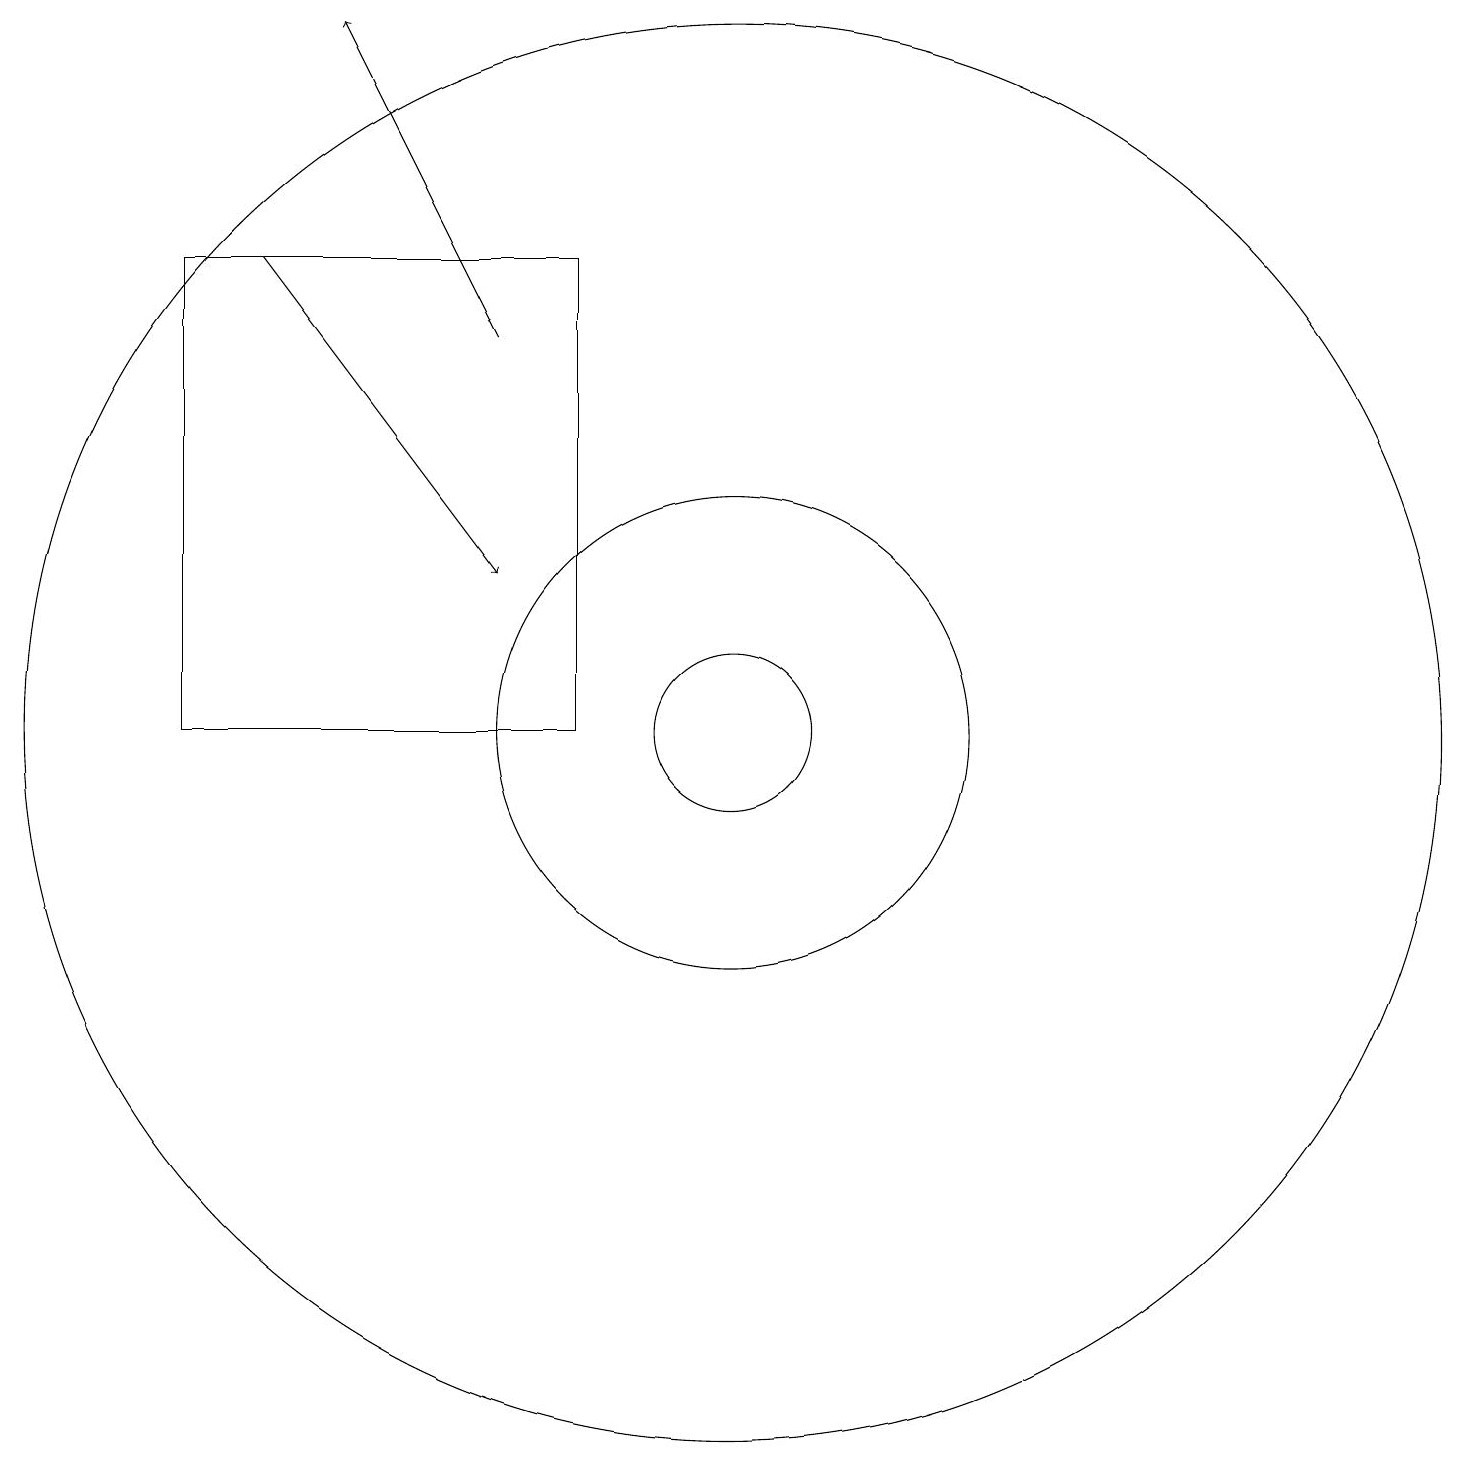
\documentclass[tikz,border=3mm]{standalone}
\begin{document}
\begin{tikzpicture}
\draw (10,10) circle (1);
\draw (10,10) circle (9);
\draw[->] (7,15) -- (5,19);
\draw (10,10) circle (3);
\draw (11,11) circle (0);
\draw[->] (4,16) -- (7,12);
\draw (8,16) rectangle (3,10);
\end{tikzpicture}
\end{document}